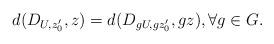
LaTeX: \begin{align*} d(D_{U,z'_0},z)=d(D_{gU,gz'_0},gz), \forall g\in G.\end{align*}